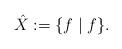
LaTeX: \begin{align*}\hat{X}:=\{f\mid f\}.\end{align*}